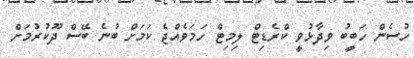
ހުސެން ހަބީބު ވިދާޅުވީ ކްރެޑިޓް ލިމިޓް ހަމަވެއްޖެ ކަމަށް ބުނެ ބޭސް ދޫކުރުމަށް